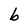
Character: b